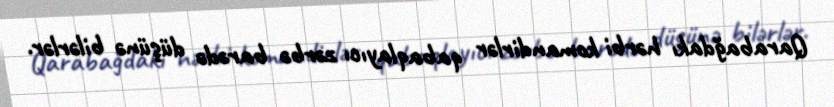
Qarabağdakı hərbi komandirlər qabaqlayıcı zərbə barədə düşünə bilərlər.